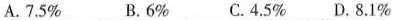
A.7.5% B.6% C.4.5% D.8.1%